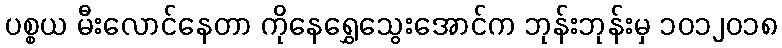
ပစ္စယ မီးလောင်နေတာ ကိုနေရွှေသွေးအောင်က ဘုန်းဘုန်းမှ ၁၀၁၂၀၁၈